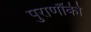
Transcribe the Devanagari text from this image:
पुराणौंकी